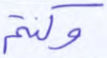
وكنتم